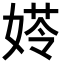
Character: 𡟀